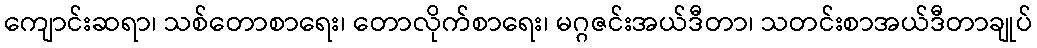
ကျောင်းဆရာ၊ သစ်တောစာရေး၊ တောလိုက်စာရေး၊ မဂ္ဂဇင်းအယ်ဒီတာ၊ သတင်းစာအယ်ဒီတာချုပ်